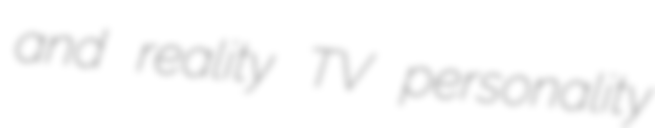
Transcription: and reality TV personality